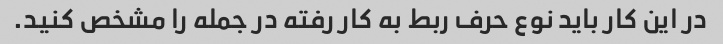
در این کار باید نوع حرف ربط به کار رفته در جمله را مشخص کنید.